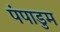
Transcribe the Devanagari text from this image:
पंपाडुम